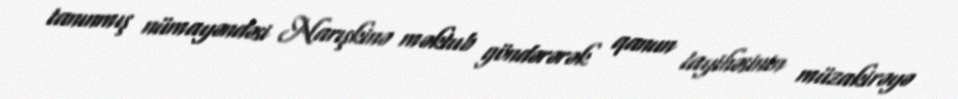
tanınmış nümayəndəsi Narışkinə məktub göndərərək qanun layihəsinin müzakirəyə